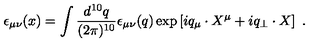
\epsilon _ { \mu \nu } ( x ) = \int \frac { d ^ { 1 0 } q } { ( 2 \pi ) ^ { 1 0 } } \epsilon _ { \mu \nu } ( q ) \exp \left[ i q _ { \mu } \cdot X ^ { \mu } + i q _ { \perp } \cdot X \right] \ .